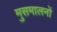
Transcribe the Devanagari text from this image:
मुसमालनों